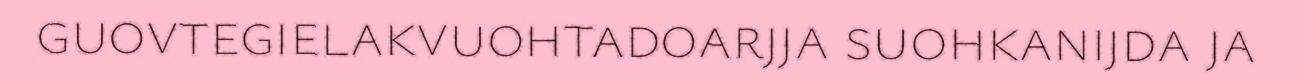
guovtegielakvuohtadoarjja suohkanijda ja